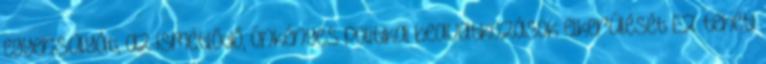
egyensúlyát, az ismétlődő, önkényes politikai beavatkozások elkerülését Ez teheti